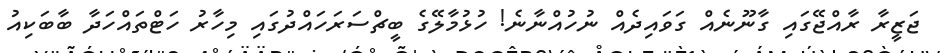
ޖަޒީރާ ރާއްޖޭގައި ގާނޫނެއް ގަވައިދެއް ނުހުއްނާނެ! ހުޅުމާލޭގެ ބީޗްސަރަހައްދުގައި މިހާރު ހަޓްތައްހަދާ ބާބަކިއު